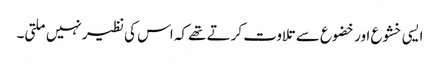
ایسی خشوع اور خضوع سے تلاوت کرتے تھے کہ اس کی نظیر نہیں ملتی۔